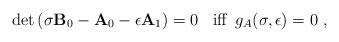
LaTeX: \begin{align*}\det\left( \sigma {\bf B}_0 - {\bf A}_0 - \epsilon {\bf A} _1 \right) =0\;\;\mbox{ iff $\, g_A(\sigma,\epsilon)=0$ },\end{align*}